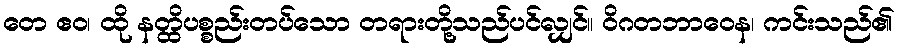
တေ ဧဝ၊ ထို နတ္ထိပစ္စည်းတပ်သော တရားတို့သည်ပင်လျှင်။ ဝိဂတဘာဝေန၊ ကင်းသည်၏